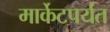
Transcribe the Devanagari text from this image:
मार्केटपर्यंत